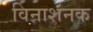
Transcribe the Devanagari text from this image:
विनाशनक